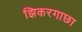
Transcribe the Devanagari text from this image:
झिकरगाछा